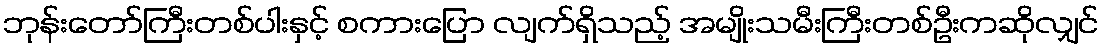
ဘုန်းတော်ကြီးတစ်ပါးနှင့် စကားပြော လျက်ရှိသည့် အမျိုးသမီးကြီးတစ်ဦးကဆိုလျှင်